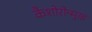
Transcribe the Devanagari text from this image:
कैशोरोन्मुख